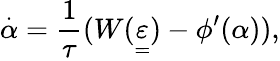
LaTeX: \overset{\cdot}{\alpha}=\frac{1}{\tau}(W(\underset{=}{\varepsilon})-\phi^{\prime}(\alpha)),